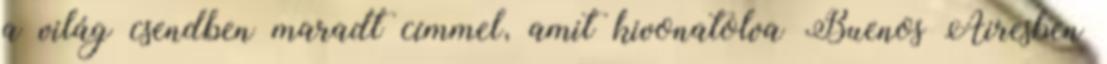
a világ csendben maradt címmel, amit kivonatolva Buenos Airesben